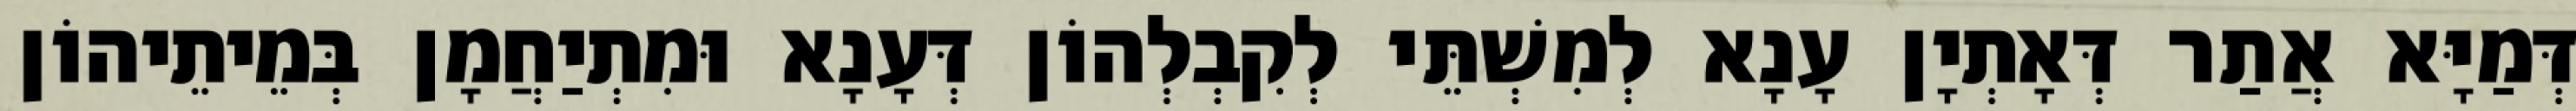
דְּמַיָּא אֲתַר דְּאָתְיָן עָנָא לְמִשְׁתֵּי לְקִבְלְהוֹן דְּעָנָא וּמִתְיַחֲמָן בְּמֵיתֵיהוֹן